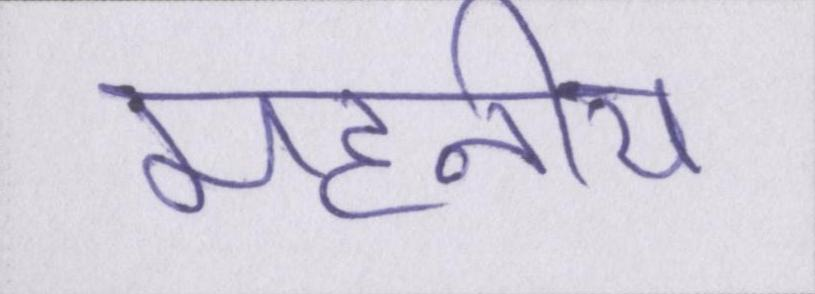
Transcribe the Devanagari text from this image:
महनीय